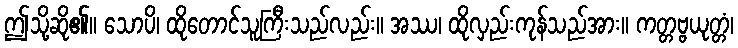
ဤသို့ဆို၏။ သောပိ၊ ထိုတောင်သူကြီးသည်လည်း။ အဿ၊ ထိုလှည်းကုန်သည်အား။ ကတ္တဗ္ဗယုတ္တံ၊